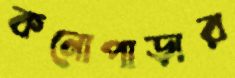
কনোপাড়ার